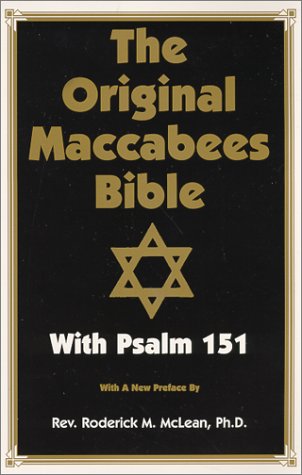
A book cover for The Original Maccabees Bible With Psalm 151; Roderick Michael McLean; Religion & Spirituality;